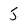
Character: 5